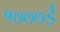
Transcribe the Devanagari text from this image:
१७७७ई